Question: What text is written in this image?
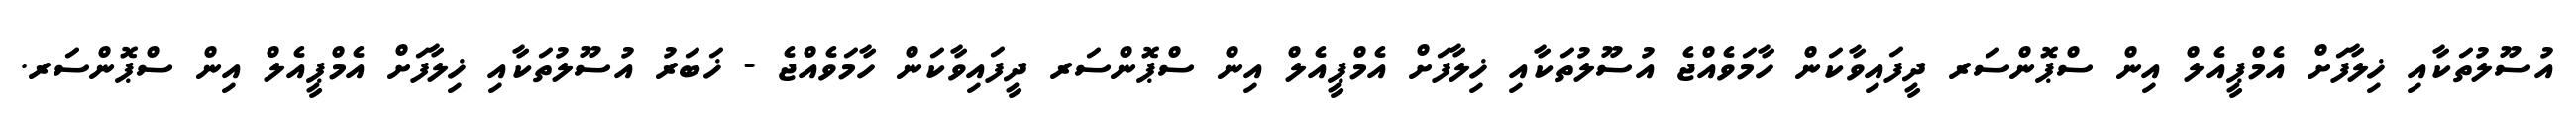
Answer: އުސޫލުތަކާއި ޚިލާފަށް އެމްޕީއެލް އިން ސްޕޮންސަރ ދީފައިވާކަން ހާމަވެއްޖެ އުސޫލުތަކާއި ޚިލާފަށް އެމްޕީއެލް އިން ސްޕޮންސަރ ދީފައިވާކަން ހާމަވެއްޖެ - ޚަބަރު އުސޫލުތަކާއި ޚިލާފަށް އެމްޕީއެލް އިން ސްޕޮންސަރ.